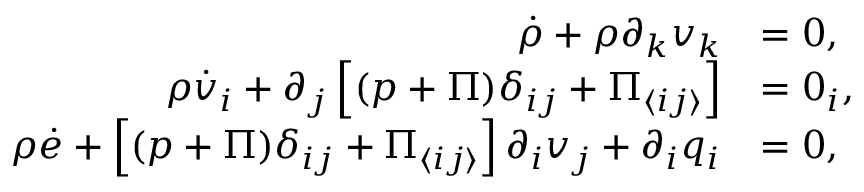
\begin{array} { r l } { \dot { \rho } + \rho \partial _ { k } v _ { k } } & { = 0 , } \\ { \rho \dot { v } _ { i } + \partial _ { j } \left[ ( p + \Pi ) \delta _ { i j } + \Pi _ { \langle i j \rangle } \right] } & { = 0 _ { i } , } \\ { \rho \dot { e } + \left[ ( p + \Pi ) \delta _ { i j } + \Pi _ { \langle i j \rangle } \right] \partial _ { i } v _ { j } + \partial _ { i } q _ { i } } & { = 0 , } \end{array}